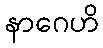
နာဂေဟိ